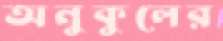
অনুকুলের